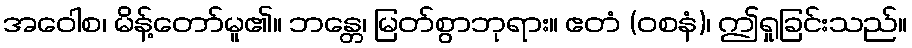
အဝေါစ၊ မိန့်တော်မူ၏။ ဘန္တေ၊ မြတ်စွာဘုရား။ ဧတံ (ဝစနံ)၊ ဤရှုခြင်းသည်။